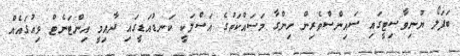
ބަފަލޯ ޔުނިވާސިޓީގައި ސައިންސްވެރިން ހިންގާ މަސައްކަތުގެ އަސްލަކީ ކަނޑުއަޑީގައި ދާއިމީ އިންޓަނެޓް ވިއުގައެއް